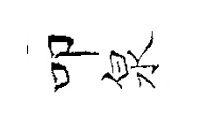
叩泉